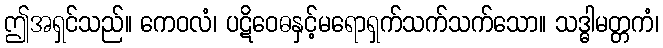
ဤအရှင်သည်။ ကေဝလံ၊ ပဋိဝေဓနှင့်မရောရှက်သက်သက်သော။ သဒ္ဓါမတ္တကံ၊